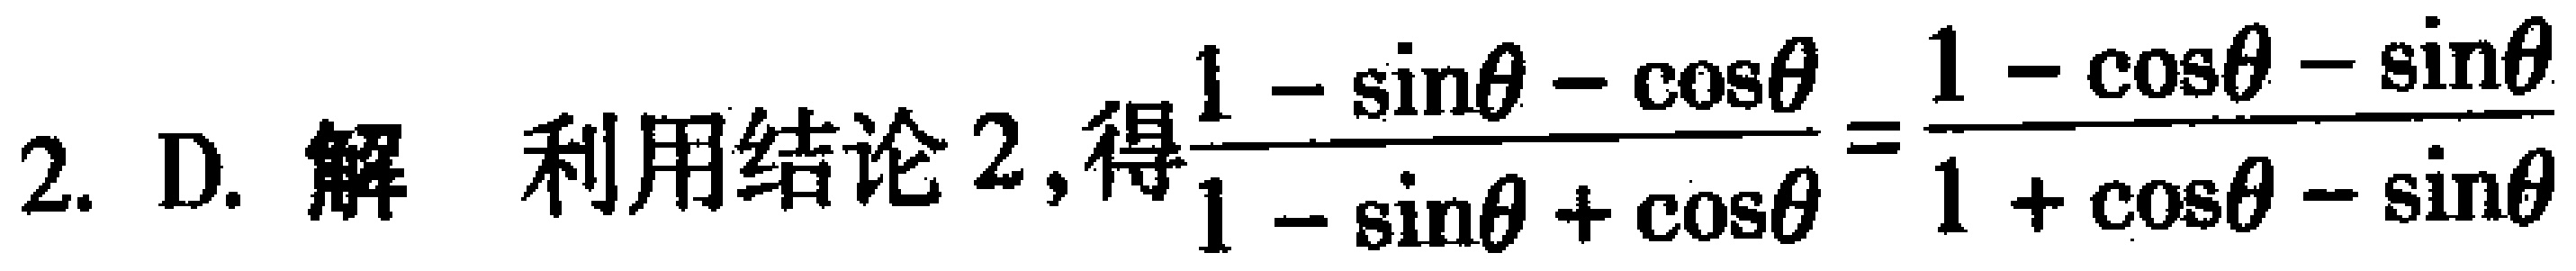
2. D. 解 利用结论2,得$\frac{1 - \sin\theta - \cos\theta}{1 - \sin\theta + \cos\theta}=\frac{1 - \cos\theta - \sin\theta}{1 + \cos\theta - \sin\theta}$